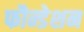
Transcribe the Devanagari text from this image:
फौन्डेशन